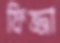
ফিজ্জা